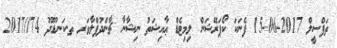
ތަފްސީލް 2017-06-15 ފެނަކަ ކޯޕަރޭޝަން ލިމިޓެޑް ޢާއިޝަތު ނިޝާނާ ޗާންދުފްލާވަރ ތ.ކަނޑޫދޫ 74//2017